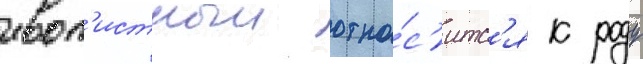
ивол'истныи отно́с'итс'я к роду